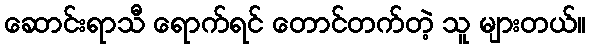
ဆောင်းရာသီ ရောက်ရင် တောင်တက်တဲ့ သူ များတယ်။